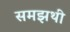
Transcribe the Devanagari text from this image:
समझथी